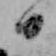
日